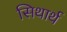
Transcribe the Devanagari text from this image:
सिथार्थ